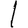
Digit: 1